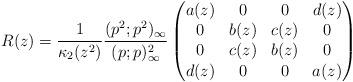
LaTeX: \begin{align*}R(z)=\frac{1}{\kappa_2(z^2)}\frac{(p^2;p^2)_{\infty}}{(p;p)^2_{\infty}}\begin{pmatrix}a(z) & 0 & 0 & d(z)\\0 & b(z) & c(z) & 0\\0 & c(z) & b(z) & 0\\d(z) & 0 & 0 & a(z)\end{pmatrix}\end{align*}